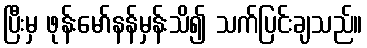
ပြီးမှ ဖုန်းမော်နန်မှန်းသိ၍ သက်ပြင်းချသည်။